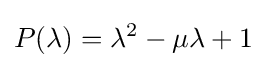
P(\lambda )=\lambda ^{2}-\mu \lambda +1